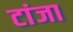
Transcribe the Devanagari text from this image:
टांजा